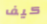
كيف